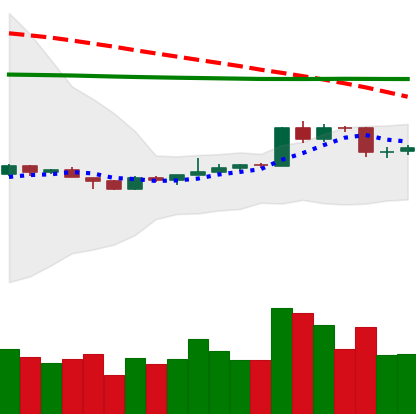
Ticker: EOS-USD
Chart end date: 2020-04-12
Forward return: 4.136%
Label: up_3_5